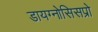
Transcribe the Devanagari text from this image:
डायग्नोसिसप्रो